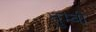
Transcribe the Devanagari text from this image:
तुम्बी